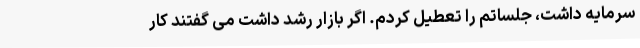
سرمایه داشت، جلساتم را تعطیل کردم. اگر بازار رشد داشت می گفتند کار